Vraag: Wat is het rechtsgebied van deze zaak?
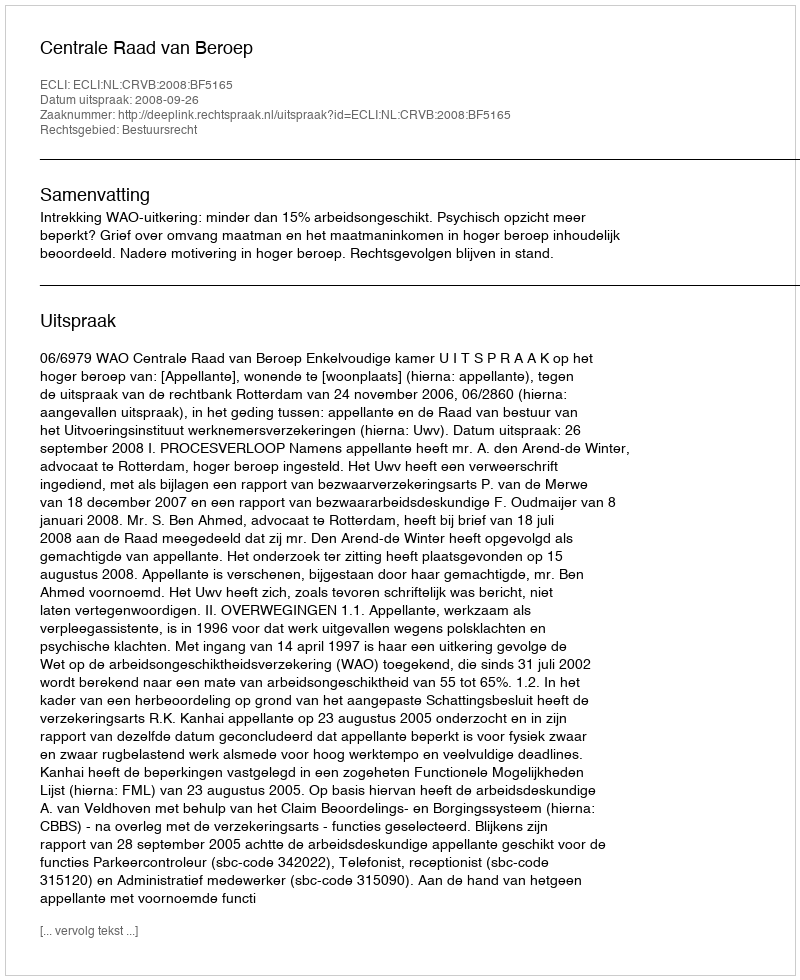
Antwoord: Bestuursrecht